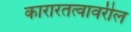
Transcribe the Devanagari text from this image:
कारारतत्वावरील